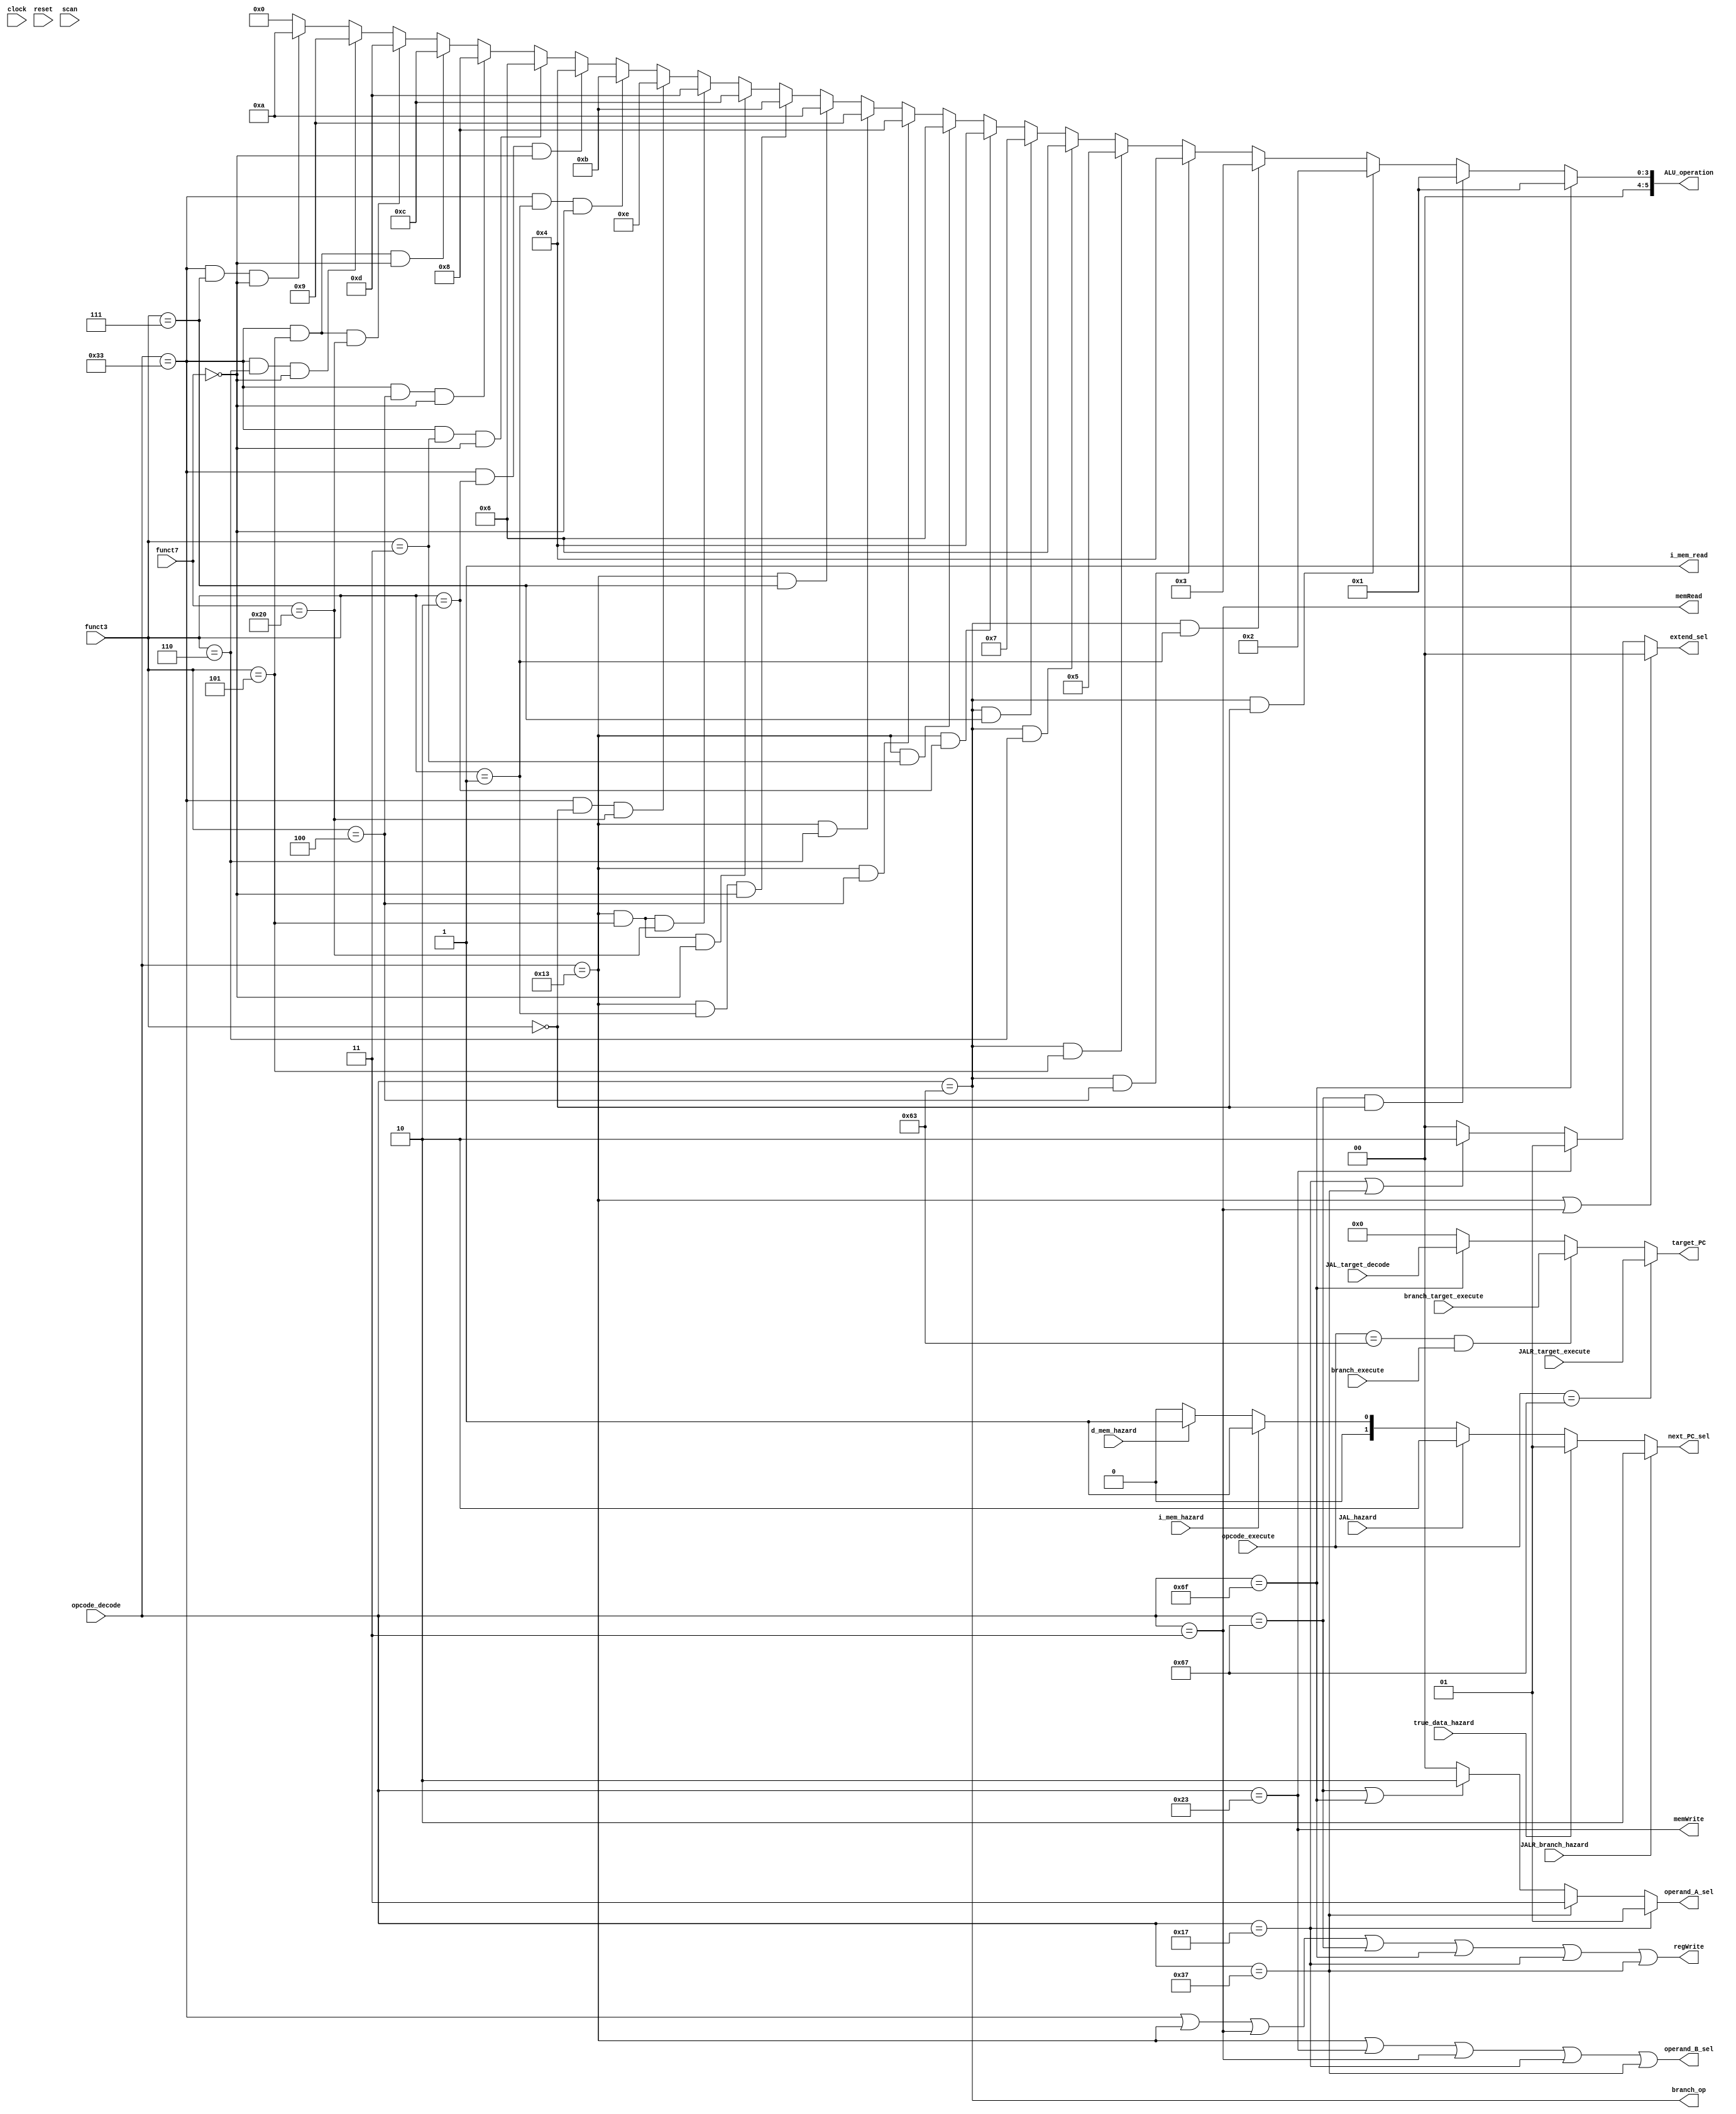
`timescale 1ns / 1ps
//////////////////////////////////////////////////////////////////////////////////
// Company: 
// Engineer: 
// 
// Design Name: 
// Module Name: control_unit
// Project Name: 
// Target Devices: 
// Tool Versions: 
// Description: 
// 
// Dependencies: 
// 
// Revision:
// Revision 0.01 - File Created
// Additional Comments:
// 
//////////////////////////////////////////////////////////////////////////////////


module control_unit #(
  parameter CORE = 0,
  parameter ADDRESS_BITS = 20,
  parameter SCAN_CYCLES_MIN = 0,
  parameter SCAN_CYCLES_MAX = 1000
) (
  input clock,
  input reset,
  input [6:0] opcode_decode,
  input [6:0] opcode_execute,
  input [2:0] funct3, // decode
  input [6:0] funct7, // decode

  input [ADDRESS_BITS-1:0] JALR_target_execute,
  input [ADDRESS_BITS-1:0] branch_target_execute,
  input [ADDRESS_BITS-1:0] JAL_target_decode,
  input branch_execute,

  input true_data_hazard,
  input d_mem_hazard,
  input i_mem_hazard,
  input JALR_branch_hazard,
  input JAL_hazard,

  output branch_op,
  output memRead,
  output [5:0] ALU_operation, // use 6-bits to leave room for extensions
  output memWrite,
  output [1:0] next_PC_sel,
  output [1:0] operand_A_sel,
  output operand_B_sel,
  output [1:0] extend_sel,
  output regWrite,

  output [ADDRESS_BITS-1:0] target_PC,
  output i_mem_read,

  input  scan
);

localparam [6:0]R_TYPE  = 7'b0110011,
                I_TYPE  = 7'b0010011,
                STORE   = 7'b0100011,
                LOAD    = 7'b0000011,
                BRANCH  = 7'b1100011,
                JALR    = 7'b1100111,
                JAL     = 7'b1101111,
                AUIPC   = 7'b0010111,
                LUI     = 7'b0110111,
                FENCES  = 7'b0001111,
                SYSCALL = 7'b1110011;


assign regWrite      = (opcode_decode == R_TYPE) | (opcode_decode == I_TYPE) | (opcode_decode == LOAD)
                       | (opcode_decode == JALR) | (opcode_decode == JAL)    | (opcode_decode == AUIPC)
                       | (opcode_decode == LUI);

assign memWrite      = (opcode_decode == STORE);
assign branch_op     = (opcode_decode == BRANCH);
assign memRead       = (opcode_decode == LOAD);

/* old
assign ALU_operation = (opcode_decode == R_TYPE) ?  3'b000 :
                       (opcode_decode == I_TYPE) ?  3'b001 :
                       (opcode_decode == STORE)  ?  3'b101 :
                       (opcode_decode == LOAD)   ?  3'b100 :
                       (opcode_decode == BRANCH) ?  3'b010 :
                       ((opcode_decode == JALR)  | (opcode_decode == JAL)) ? 3'b011 :
                       ((opcode_decode == AUIPC) | (opcode_decode == LUI)) ? 3'b110 : 2'b00;
*/

// Check for operations other than addition. Use addition as default case
assign ALU_operation =
  (opcode_decode == JAL) ? 6'd1 : // JAL: Pass through
  (opcode_decode == JALR & funct3 == 3'b000) ? 6'd1 : // JALR: Pass through
  (opcode_decode == BRANCH & funct3 == 3'b000) ? 6'd2 : // BEQ: equal
  (opcode_decode == BRANCH & funct3 == 3'b001) ? 6'd3 : // BNE: not equal
  (opcode_decode == BRANCH & funct3 == 3'b100) ? 6'd4 : // BLT: signed less than
  (opcode_decode == BRANCH & funct3 == 3'b101) ? 6'd5 : // BGE: signed greater than, equal
  (opcode_decode == BRANCH & funct3 == 3'b110) ? 6'd6 : // BLTU: unsigned less than
  (opcode_decode == BRANCH & funct3 == 3'b111) ? 6'd7 : // BGEU: unsigned greater than, equal
  (opcode_decode == I_TYPE & funct3 == 3'b010) ? 6'd4 : // SLTI: signed less than
  (opcode_decode == I_TYPE & funct3 == 3'b011) ? 6'd6 : // SLTIU: unsigned less than
  (opcode_decode == I_TYPE & funct3 == 3'b100) ? 6'd8 : // XORI: xor
  (opcode_decode == I_TYPE & funct3 == 3'b110) ? 6'd9 : // ORI: or
  (opcode_decode == I_TYPE & funct3 == 3'b111) ? 6'd10 : // ANDI: and
  (opcode_decode == I_TYPE & funct3 == 3'b001 & funct7 == 7'b0000000) ? 6'd11 : // SLLI: logical left shift
  (opcode_decode == I_TYPE & funct3 == 3'b101 & funct7 == 7'b0000000) ? 6'd12 : // SRLI: logical right shift
  (opcode_decode == I_TYPE & funct3 == 3'b101 & funct7 == 7'b0100000) ? 6'd13 : // SRAI: arithemtic right shift
  (opcode_decode == R_TYPE & funct3 == 3'b000 & funct7 == 7'b0100000) ? 6'd14 : // SUB: subtract
  (opcode_decode == R_TYPE & funct3 == 3'b001 & funct7 == 7'b0000000) ? 6'd11 : // SLL: logical left shift
  (opcode_decode == R_TYPE & funct3 == 3'b010 & funct7 == 7'b0000000) ? 6'd4  : // SLT: signed less than
  (opcode_decode == R_TYPE & funct3 == 3'b011 & funct7 == 7'b0000000) ? 6'd6  : // SLTU: signed less than
  (opcode_decode == R_TYPE & funct3 == 3'b100 & funct7 == 7'b0000000) ? 6'd8  : // XOR: xor
  (opcode_decode == R_TYPE & funct3 == 3'b101 & funct7 == 7'b0000000) ? 6'd12 : // SRL: logical right shift
  (opcode_decode == R_TYPE & funct3 == 3'b101 & funct7 == 7'b0100000) ? 6'd13 : // SRA: arithmetic right shift
  (opcode_decode == R_TYPE & funct3 == 3'b110 & funct7 == 7'b0000000) ? 6'd9  : // OR: or
  (opcode_decode == R_TYPE & funct3 == 3'b111 & funct7 == 7'b0000000) ? 6'd10 : // AND: and
  6'd0; // Use addition by default

assign operand_A_sel = (opcode_decode == AUIPC) ?  2'b01 :
                       (opcode_decode == LUI)   ?  2'b11 :
                       ((opcode_decode == JALR)  | (opcode_decode == JAL)) ? 2'b10 : 2'b00;

assign operand_B_sel = (opcode_decode == I_TYPE) | (opcode_decode == STORE) |
                       (opcode_decode == LOAD)   | (opcode_decode == AUIPC) |
                       (opcode_decode == LUI);

assign extend_sel    = ((opcode_decode == I_TYPE) | (opcode_decode == LOAD)) ? 2'b00 :
                       (opcode_decode == STORE)                       ? 2'b01 :
                       ((opcode_decode == AUIPC)  | (opcode_decode == LUI))  ? 2'b10 : 2'b00;

assign target_PC = (opcode_execute == JALR)                    ? JALR_target_execute   :
                   (opcode_execute == BRANCH) & branch_execute ? branch_target_execute :
                   (opcode_decode  == JAL)                     ? JAL_target_decode     :
                   {ADDRESS_BITS{1'b0}};

assign next_PC_sel = JALR_branch_hazard ? 2'b10 : // target_PC
                     true_data_hazard   ? 2'b01 : // stall
                     JAL_hazard         ? 2'b10 : // targeet_PC
                     i_mem_hazard       ? 2'b01 : // stall
                     d_mem_hazard       ? 2'b01 : // stall
                     2'b00;                       // PC + 4

assign i_mem_read = 1'b1;

reg [31: 0] cycles;
always @ (posedge clock) begin
  cycles <= reset? 0 : cycles + 1;
  if (scan  & ((cycles >= SCAN_CYCLES_MIN) & (cycles <= SCAN_CYCLES_MAX)) )begin
    $display ("------ Core %d Control Unit - Current Cycle %d ------", CORE, cycles);
    $display ("| Opcode decode  [%b]", opcode_decode);
    $display ("| Opcode execute [%b]", opcode_execute);
    $display ("| Branch_op      [%b]", branch_op);
    $display ("| memRead        [%b]", memRead);
    $display ("| memWrite       [%b]", memWrite);
    $display ("| RegWrite       [%b]", regWrite);
    $display ("| ALU_operation  [%b]", ALU_operation);
    $display ("| Extend_sel     [%b]", extend_sel);
    $display ("| ALUSrc_A       [%b]", operand_A_sel);
    $display ("| ALUSrc_B       [%b]", operand_B_sel);
    $display ("| Next PC sel    [%b]", next_PC_sel);
    $display ("| Target PC      [%h]", target_PC);
    $display ("----------------------------------------------------------------------");
  end
end
endmodule